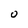
Character: 0